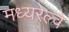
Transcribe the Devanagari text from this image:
मध्यरेल्वे